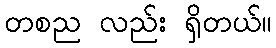
တစည လည်း ရှိတယ်။